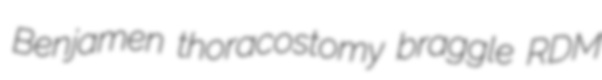
Benjamen thoracostomy braggle RDM